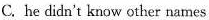
C. he didn't know other names